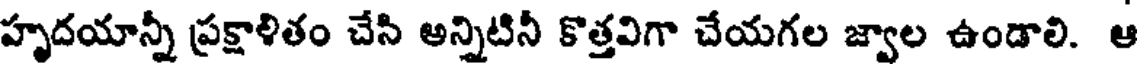
హృదయాన్నీ ప్రక్షాళితం చేసి అన్నిటినీ కొత్తవిగా చేయగల జ్వాల ఉండాలి. ఆ